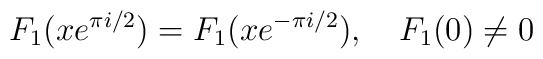
F_1(xe^{\pi i/2})=F_1(xe^{-\pi i/2}), \quad F_1(0)\ne 0